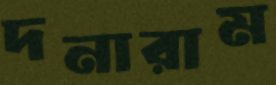
দনারাম